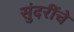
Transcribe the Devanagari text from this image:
सुंदरींचे